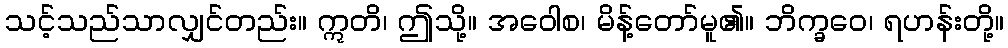
သင့်သည်သာလျှင်တည်း။ ဣတိ၊ ဤသို့။ အဝေါစ၊ မိန့်တော်မူ၏။ ဘိက္ခဝေ၊ ရဟန်းတို့။